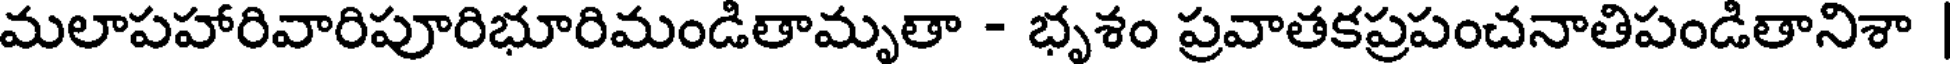
మలాపహారివారిపూరిభూరిమండితామృతా - భృశం ప్రవాతకప్రపంచనాతిపండితానిశా